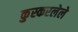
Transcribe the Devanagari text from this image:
कुस्करलेले